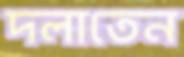
দলাতেন